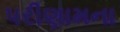
પરીણામના